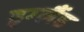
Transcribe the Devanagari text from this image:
इग्‍लैंड